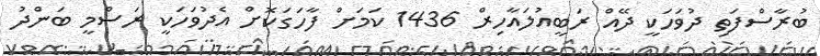
ބުރާސްފަތި ދުވަހަކީ ދޭއް ރަބީއުލައާހިރް 1436 ކަމަށް ފާހަގަކޮށް އެދުވަހަކީ ރަސްމީ ބަންދު